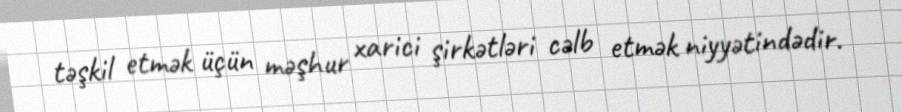
təşkil etmək üçün məşhur xarici şirkətləri cəlb etmək niyyətindədir.